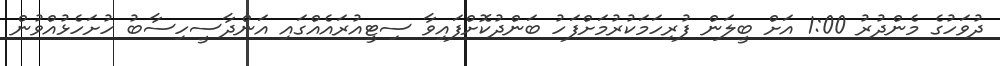
ދުވަހުގެ މެންދުރު 1:00 އަށް ބީލަން ފުރިހަމަކުރުމަށްފަހު ބަންދުކޮށްފައިވާ ސިޓީއުރައެއްގައި އަންދާސީހިސާބު ހުށަހެޅުއްވުން